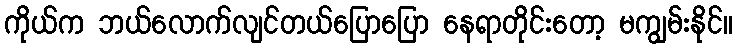
ကိုယ်က ဘယ်လောက်လျင်တယ်ပြောပြော နေရာတိုင်းတော့ မကျွမ်းနိုင်။